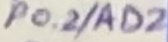
Text: P0.2/AD2